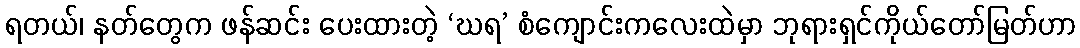
ရတယ်၊ နတ်တွေက ဖန်ဆင်း ပေးထားတဲ့ ‘ဃရ’ စံကျောင်းကလေးထဲမှာ ဘုရားရှင်ကိုယ်တော်မြတ်ဟာ